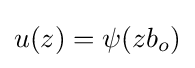
u(z)=\psi (zb_{o})